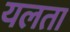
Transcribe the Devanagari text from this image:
यलता